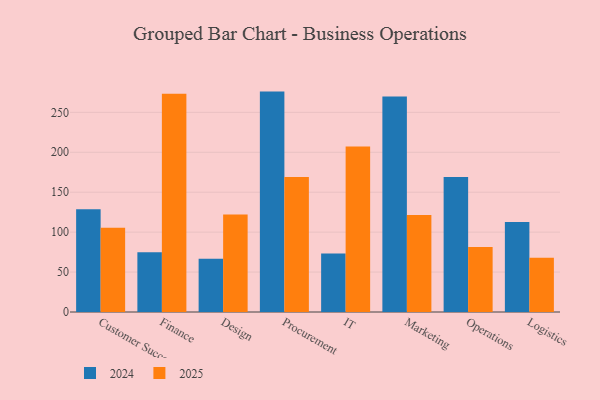
{"axis": {"x": "Department", "y": "Budget (USD K)"}, "legend": ["2024", "2025"], "data": [{"x": "Customer Success", "y": 128.7, "type": "2024"}, {"x": "Customer Success", "y": 105.6, "type": "2025"}, {"x": "Finance", "y": 74.8, "type": "2024"}, {"x": "Finance", "y": 273.2, "type": "2025"}, {"x": "Design", "y": 66.6, "type": "2024"}, {"x": "Design", "y": 122.0, "type": "2025"}, {"x": "Procurement", "y": 276.0, "type": "2024"}, {"x": "Procurement", "y": 169.2, "type": "2025"}, {"x": "IT", "y": 73.4, "type": "2024"}, {"x": "IT", "y": 207.2, "type": "2025"}, {"x": "Marketing", "y": 270.0, "type": "2024"}, {"x": "Marketing", "y": 121.5, "type": "2025"}, {"x": "Operations", "y": 168.9, "type": "2024"}, {"x": "Operations", "y": 81.4, "type": "2025"}, {"x": "Logistics", "y": 112.6, "type": "2024"}, {"x": "Logistics", "y": 67.8, "type": "2025"}]}